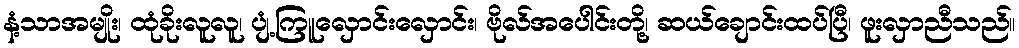
နံ့သာအမျိုး၊ ထုံခိုးလူလူ၊ ပျံ့ကြူလှောင်းလှောင်း၊ ဗိုလ်အပေါင်းတို့၊ ဆယ်ချောင်းထပ်ပြီ၊ ဖူးလှာညီသည်။